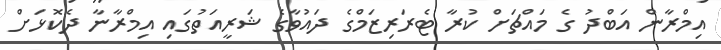
އިމްރާން އަބްދު ގެ މައްޗަށް ކުރާ ޓެރަރިޒަމްގެ ދައުވާގެ ޝަރީއަތުގައި އިމްރާނާ ދެކޮޅަށް